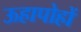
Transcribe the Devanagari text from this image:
ऊहापोहों